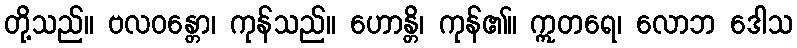
တို့သည်။ ဗလဝန္တော၊ ကုန်သည်။ ဟောန္တိ၊ ကုန်၏။ ဣတရေ၊ လောဘ ဒေါသ